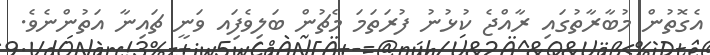
އެގޮތުން މުބާރާތުގައި ރާއްޖެ ކުޅުނު ފުރަތަމަ މެޗުން ބަލިވެފަިއ ވަނީ ޗައިނާ އަތުންނެވެ.